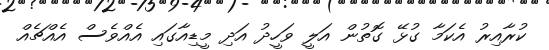
ކުރާއިރު އެކަމާ ގުޅޭ ގޮތުން އަލީ ވަހީދު އަދި މީޑިއާގައި އެއްވެސް އެއްޗެއް